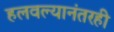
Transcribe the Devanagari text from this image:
हलवल्यानंतरही